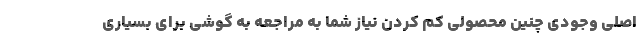
اصلی وجودی چنین محصولی کم کردن نیاز شما به مراجعه به گوشی برای بسیاری